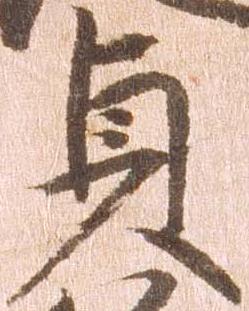
貞